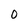
Character: 0